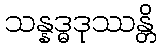
သန္နဒ္ဓဒုဿန္တိ